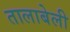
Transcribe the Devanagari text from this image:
तालाबेली